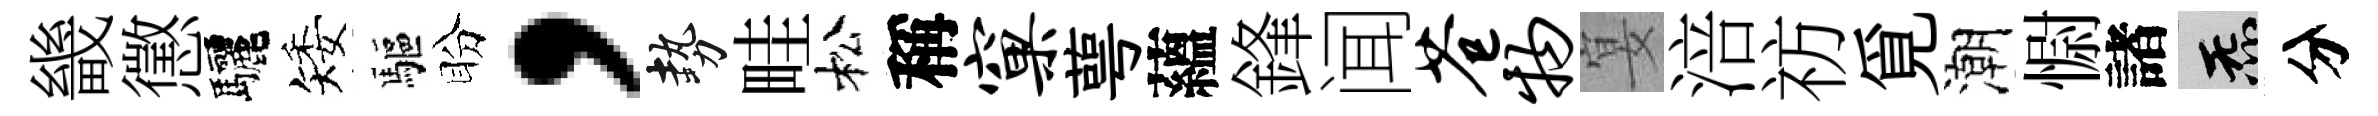
畿懲驅矮驅盼，勢畦松稱窠萼蘊鋒闻苍物宴涪祊覓潮𢠢諸炁分